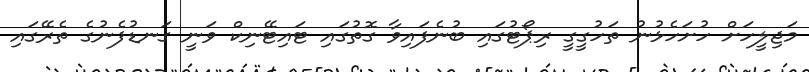
މަޖިލީހަށް ހުށަހެޅުނު ތަހުގީގީ ރިޕޯޓުގައި ބުނެފައިވާ ގޮތުގައި ޓައިޓޭނިކް ވަނީ ގަނޑުފެނުގެ ތެރޭގައި